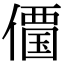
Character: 𠏹